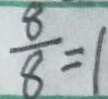
\frac { 8 } { 8 } = 1